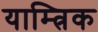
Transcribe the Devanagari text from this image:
याम्त्रिक